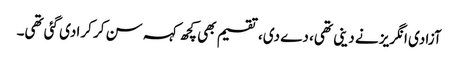
آزادی انگریز نے دینی تھی، دے دی، تقسیم بھی کچھ کہہ سن کر کرا دی گئی تھی۔